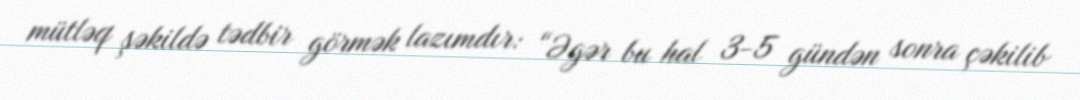
mütləq şəkildə tədbir görmək lazımdır: “Əgər bu hal 3-5 gündən sonra çəkilib